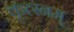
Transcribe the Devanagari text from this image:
कृत्स्नम्‌